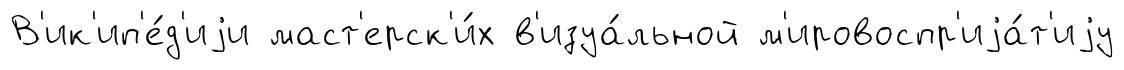
В'ик'ип'е́д'иjи маст'ерск'и́х в'изуа́льной м'ировоспр'иjа́т'иjу